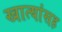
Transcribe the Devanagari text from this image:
खात्यांसह